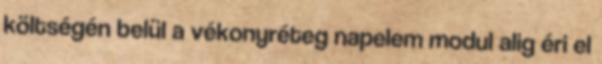
költségén belül a vékonyréteg napelem modul alig éri el